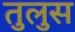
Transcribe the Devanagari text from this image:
तुलुस